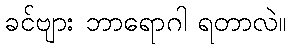
ခင်ဗျား ဘာရောဂါ ရတာလဲ။